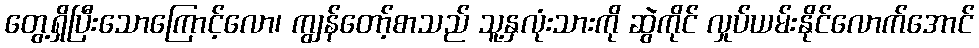
တွေ့ရှိပြီးသောကြောင့်လော၊ ကျွန်တော့်စာသည် သူ့နှလုံးသားကို ဆွဲကိုင် လှုပ်ယမ်းနိုင်လောက်အောင်